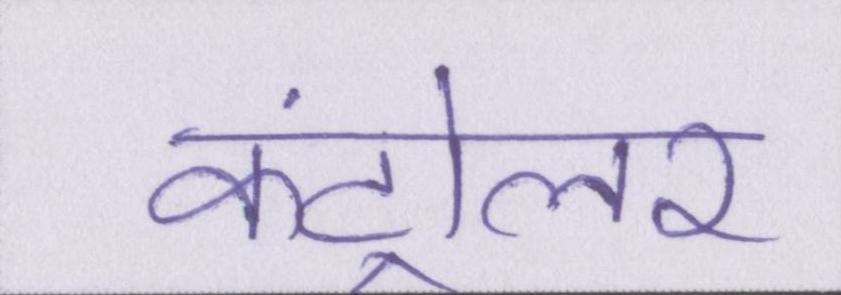
कंट्रोलर